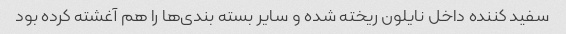
سفید کننده داخل نایلون ریخته شده و سایر بسته بندی‌ها را هم آغشته کرده بود